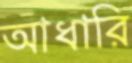
আধারি